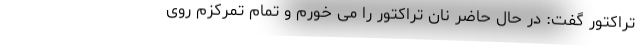
تراکتور گفت: در حال حاضر نان تراکتور را می خورم و تمام تمرکزم روی